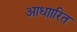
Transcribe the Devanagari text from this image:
आधाारित